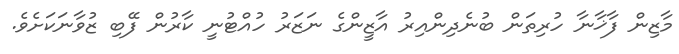
މާޒިން ފާޚާނާ ހުރިތަން ބުނެދިންއިރު އާޒީންގެ ނަޒަރު ހުއްޓުނީ ކާރުން ފޭބި ޒުވާނަކަށެވެ.